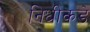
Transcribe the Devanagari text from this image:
निधीकडे